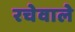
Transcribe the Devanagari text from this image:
रचेवाले